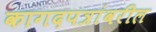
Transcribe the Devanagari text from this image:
कागदपत्रांवरील